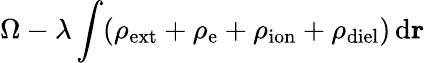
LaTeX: \Omega-\lambda\int(\rho_{\mathrm{ext}}+\rho_{\mathrm{e}}+\rho_{\mathrm{ion}}+\rho_{\mathrm{diel}})\, \mathrm{d}\mathbf{r}